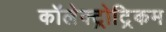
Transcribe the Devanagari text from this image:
कॉलेक्ट्रोट्रिकम